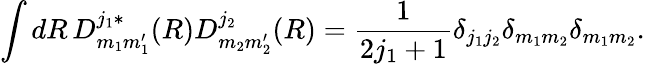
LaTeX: \int dR\, D_{m_{1}m_{1}^{\prime}}^{j_{1}\ast}(R)D_{m_{2}m_{2}^{\prime}}^{j_{2}}(R)=\frac{1}{2j_{1}+1}\delta_{j_{1}j_{2}}\delta_{m_{1}m_{2}}\delta_{m_{1}m_{2}}.